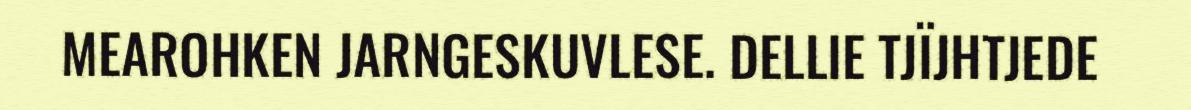
MEAROHKEN JARNGESKUVLESE. DELLIE TJÏJHTJEDE